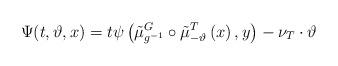
LaTeX: \begin{align*}\Psi(t,\vartheta,x)=t\psi\left(\tilde{\mu}^{G}_{g^{-1}}\circ\tilde{\mu}^{T}_{-\vartheta}\left(x\right),y\right)-\nu_{T}\cdot \vartheta\end{align*}